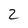
Character: 2